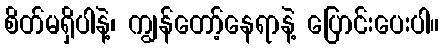
စိတ်မရှိပါနဲ့၊ ကျွန်တော့်နေရာနဲ့ ပြောင်းပေးပါ။